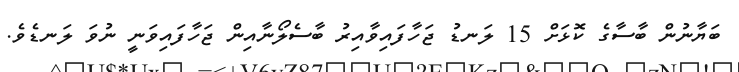
ބަޔާނުން ބާސާގެ ކޮޅަށް 15 ލަނޑު ޖަހާފައިވާއިރު ބާސެލޯނާއިން ޖަހާފައިވަނީ ނުވަ ލަނޑެވެ.